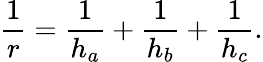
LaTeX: \displaystyle{\frac{1}{r}}={\frac{1}{h_{a}}}+{\frac{1}{h_{b}}}+{\frac{1}{h_{c}}}.